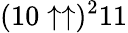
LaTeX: (10\uparrow\uparrow)^{2}11